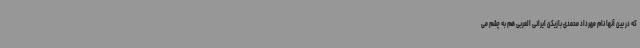
که در بین آنها نام مهرداد محمدی بازیکن ایرانی العربی هم به چشم می